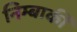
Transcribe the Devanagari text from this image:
निम्बार्की